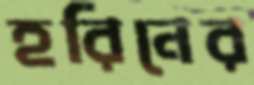
হরিনের